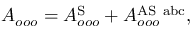
A _ { o o o } = A _ { o o o } ^ { \mathrm { S } } + A _ { o o o } ^ { \mathrm { A S \ a b c } } ,